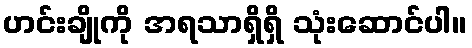
ဟင်းချိုကို အရသာရှိရှိ သုံးဆောင်ပါ။